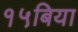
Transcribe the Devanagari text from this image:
१५बिया